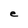
Character: e